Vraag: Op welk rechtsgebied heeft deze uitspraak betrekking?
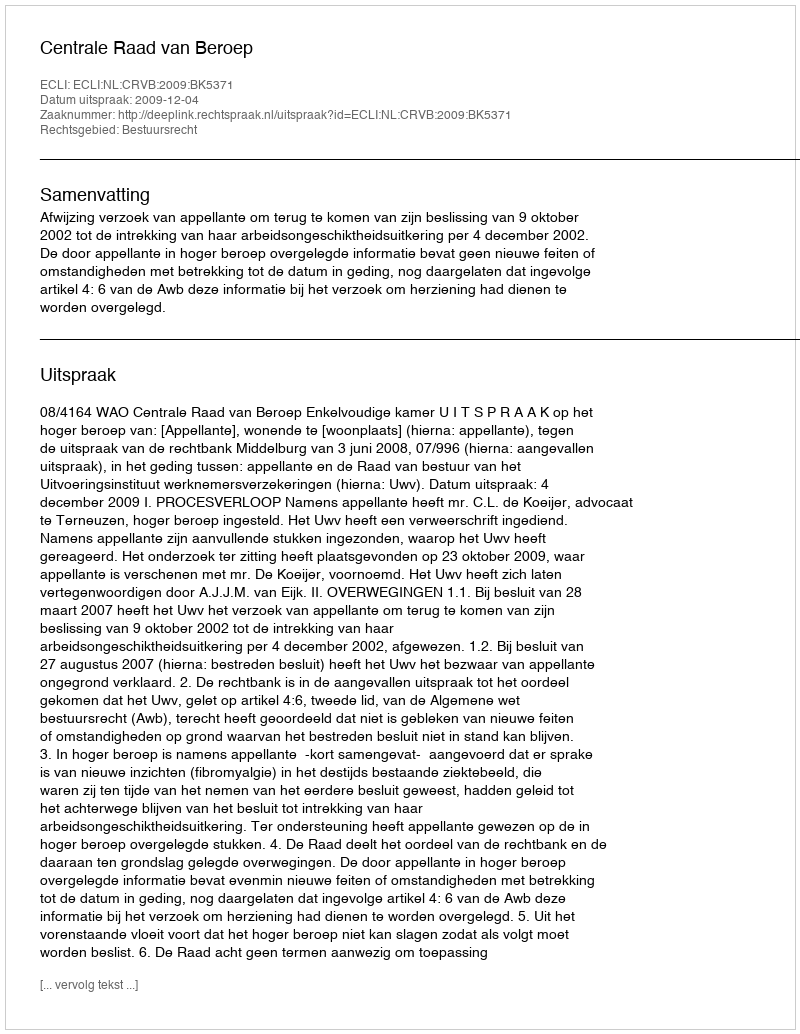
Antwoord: Bestuursrecht